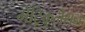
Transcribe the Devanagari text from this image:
मेंट्रिकुलेशन